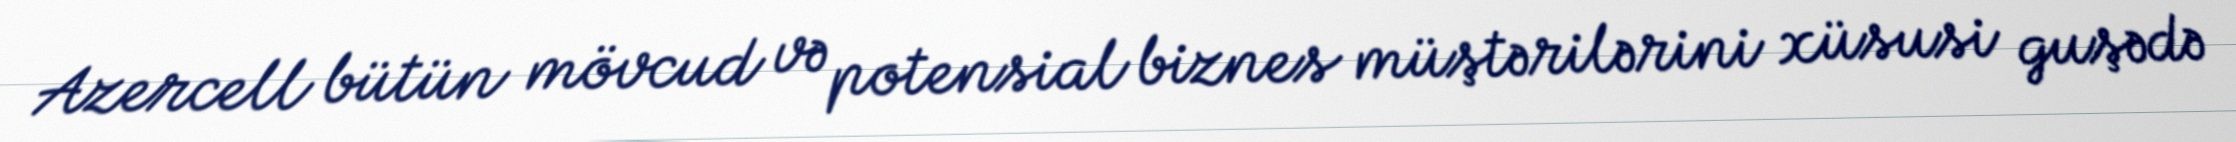
Azercell bütün mövcud və potensial biznes müştərilərini xüsusi guşədə